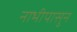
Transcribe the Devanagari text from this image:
नाभीपासुन